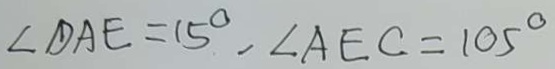
\angle D A E = 1 5 ^ { \circ } , \angle A E C = 1 0 5 ^ { \circ }